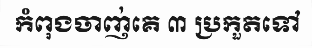
កំពុងចាញ់គេ ៣ ប្រកួតទៅ